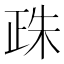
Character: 𣥵